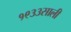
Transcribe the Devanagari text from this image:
१९३३साली